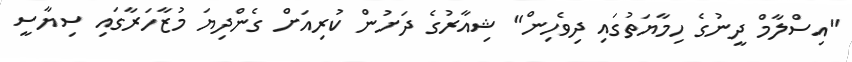
"އިސްލާމް ދީނުގެ ހިމާޔަތުގައި ދިވެހިން" ޝިއާރުގެ ދަށުން ކުރިއަށް ގެންދިޔަ މުޒާހަރާގައި ސިޔާސީ